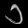
Digit: ၁